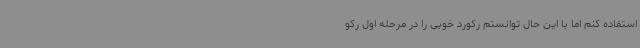
استفاده کنم اما با این حال توانستم رکورد خوبی را در مرحله اول رکو